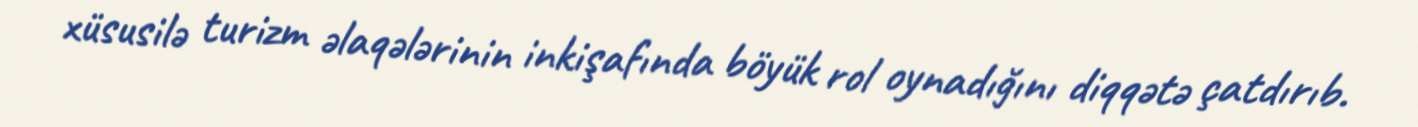
xüsusilə turizm əlaqələrinin inkişafında böyük rol oynadığını diqqətə çatdırıb.